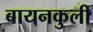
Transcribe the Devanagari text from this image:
बायनकुली